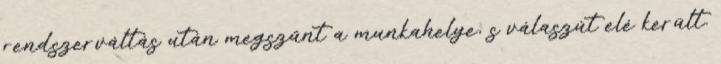
rendszerváltás után megszűnt a munkahelye, s válaszút elé került.